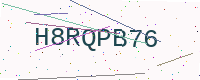
Text: H8RQPB76